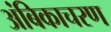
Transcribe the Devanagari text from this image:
अंबिकाचरण